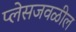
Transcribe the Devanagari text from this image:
प्लेसजवळील